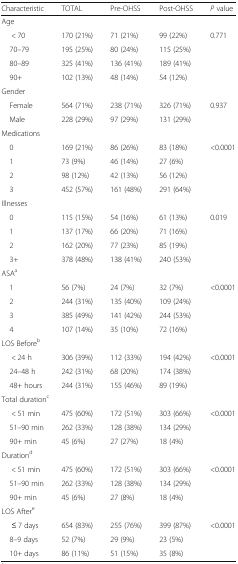
<table><thead><tr><td><b>Characteristic</b></td><td><b>TOTAL</b></td><td><b>Pre-OHSS</b></td><td><b>Post-OHSS</b></td><td><b><i>P</i> value</b></td></tr></thead><tbody><tr><td colspan="5">Age</td></tr><tr><td>&lt; 70</td><td>170 (21%)</td><td>71 (21%)</td><td>99 (22%)</td><td rowspan="4">0.771</td></tr><tr><td> 70–79</td><td>195 (25%)</td><td>80 (24%)</td><td>115 (25%)</td></tr><tr><td> 80–89</td><td>325 (41%)</td><td>136 (41%)</td><td>189 (41%)</td></tr><tr><td> 90+</td><td>102 (13%)</td><td>48 (14%)</td><td>54 (12%)</td></tr><tr><td colspan="5">Gender</td></tr><tr><td> Female</td><td>564 (71%)</td><td>238 (71%)</td><td>326 (71%)</td><td rowspan="2">0.937</td></tr><tr><td> Male</td><td>228 (29%)</td><td>97 (29%)</td><td>131 (29%)</td></tr><tr><td colspan="5">Medications</td></tr><tr><td> 0</td><td>169 (21%)</td><td>86 (26%)</td><td>83 (18%)</td><td rowspan="4">&lt;0.0001</td></tr><tr><td> 1</td><td>73 (9%)</td><td>46 (14%)</td><td>27 (6%)</td></tr><tr><td> 2</td><td>98 (12%)</td><td>42 (13%)</td><td>56 (12%)</td></tr><tr><td> 3</td><td>452 (57%)</td><td>161 (48%)</td><td>291 (64%)</td></tr><tr><td colspan="5">Illnesses</td></tr><tr><td> 0</td><td>115 (15%)</td><td>54 (16%)</td><td>61 (13%)</td><td rowspan="4">0.019</td></tr><tr><td> 1</td><td>137 (17%)</td><td>66 (20%)</td><td>71 (16%)</td></tr><tr><td> 2</td><td>162 (20%)</td><td>77 (23%)</td><td>85 (19%)</td></tr><tr><td> 3+</td><td>378 (48%)</td><td>138 (41%)</td><td>240 (53%)</td></tr><tr><td colspan="5">ASA<sup>a</sup></td></tr><tr><td> 1</td><td>56 (7%)</td><td>24 (7%)</td><td>32 (7%)</td><td rowspan="4">&lt;0.0001</td></tr><tr><td> 2</td><td>244 (31%)</td><td>135 (40%)</td><td>109 (24%)</td></tr><tr><td> 3</td><td>385 (49%)</td><td>141 (42%)</td><td>244 (53%)</td></tr><tr><td> 4</td><td>107 (14%)</td><td>35 (10%)</td><td>72 (16%)</td></tr><tr><td colspan="5">LOS Before<sup>b</sup></td></tr><tr><td>&lt; 24 h</td><td>306 (39%)</td><td>112 (33%)</td><td>194 (42%)</td><td rowspan="3">&lt;0.0001</td></tr><tr><td> 24–48 h</td><td>242 (31%)</td><td>68 (20%)</td><td>174 (38%)</td></tr><tr><td> 48+ hours</td><td>244 (31%)</td><td>155 (46%)</td><td>89 (19%)</td></tr><tr><td colspan="5">Total duration<sup>c</sup></td></tr><tr><td>&lt; 51 min</td><td>475 (60%)</td><td>172 (51%)</td><td>303 (66%)</td><td rowspan="3">&lt;0.0001</td></tr><tr><td> 51–90 min</td><td>262 (33%)</td><td>128 (38%)</td><td>134 (29%)</td></tr><tr><td> 90+ min</td><td>45 (6%)</td><td>27 (27%)</td><td>18 (4%)</td></tr><tr><td colspan="5">Duration<sup>d</sup></td></tr><tr><td>&lt; 51 min</td><td>475 (60%)</td><td>172 (51%)</td><td>303 (66%)</td><td rowspan="3">&lt;0.0001</td></tr><tr><td> 51–90 min</td><td>262 (33%)</td><td>128 (38%)</td><td>134 (29%)</td></tr><tr><td> 90+ min</td><td>45 (6%)</td><td>27 (8%)</td><td>18 (4%)</td></tr><tr><td colspan="5">LOS After<sup>e</sup></td></tr><tr><td>≤ 7 days</td><td>654 (83%)</td><td>255 (76%)</td><td>399 (87%)</td><td rowspan="3">&lt;0.0001</td></tr><tr><td> 8–9 days</td><td>52 (7%)</td><td>29 (9%)</td><td>23 (5%)</td></tr><tr><td> 10+ days</td><td>86 (11%)</td><td>51 (15%)</td><td>35 (8%)</td></tr></tbody></table>